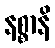
နစ္စာနိ